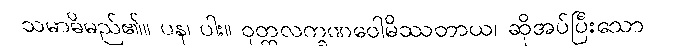
သမာဓိမည်၏။ ပန၊ ပါး။ ဝုတ္တလက္ခဏဝေါမိဿတာယ၊ ဆိုအပ်ပြီးသော